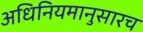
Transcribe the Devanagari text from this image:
अधिनियमानुसारच